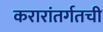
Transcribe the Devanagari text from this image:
करारांतर्गतची